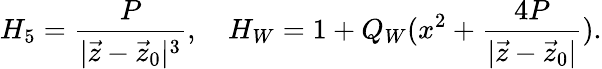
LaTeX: H_{5}={\frac{P}{|\vec{z}-\vec{z}_{0}|^{3}}},\ \ \ \ H_{W}=1+Q_{W}(x^{2}+{\frac{4P}{|\vec{z}-\vec{z}_{0}|}}).